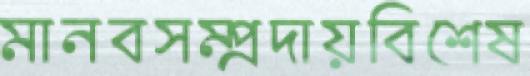
মানবসম্প্রদায়বিশেষ